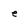
Character: e